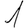
Digit: 1